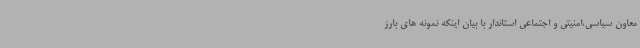
معاون سیاسی،امنیتی و اجتماعی استاندار با بیان اینکه نمونه های بارز